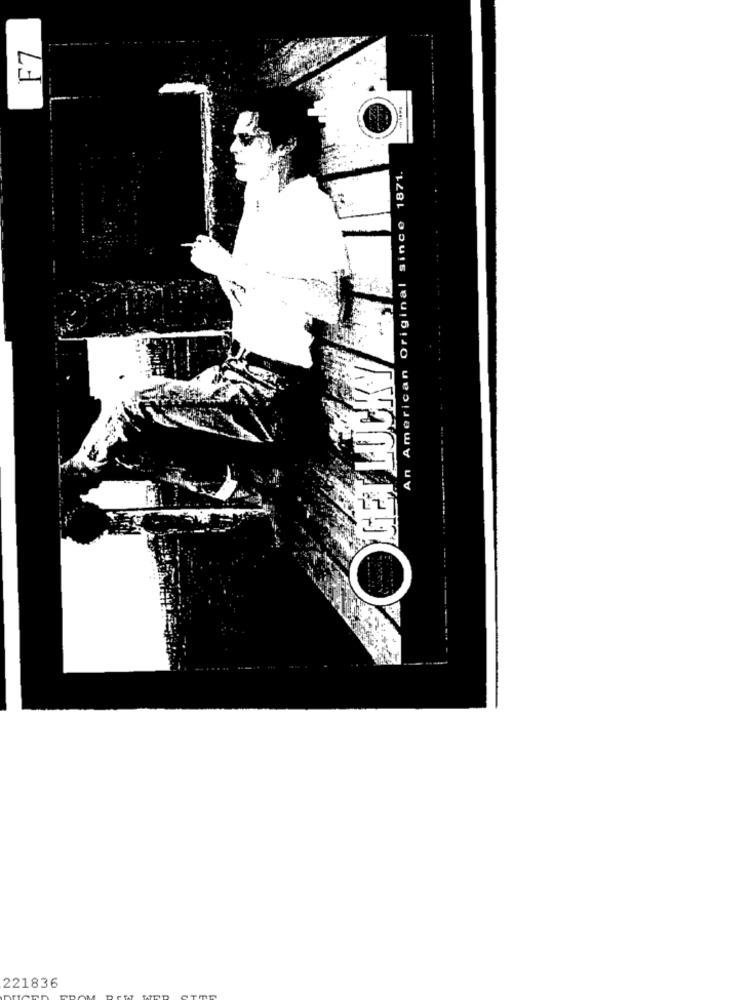
F7
An American Original since 1871.
OGET LUCKY
221836